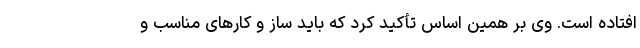
افتاده است. وی بر همین اساس تأکید کرد که باید ساز و کارهای مناسب و